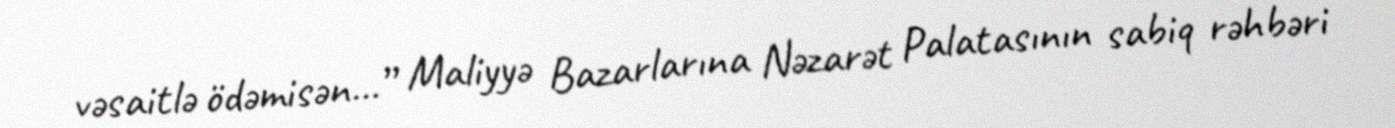
vəsaitlə ödəmisən...” Maliyyə Bazarlarına Nəzarət Palatasının sabiq rəhbəri